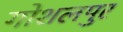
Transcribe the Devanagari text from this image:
गोशलपुर